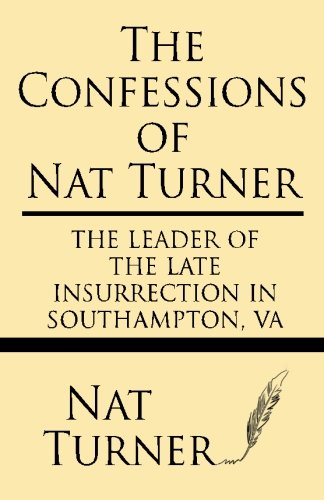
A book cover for The Confessions of Nat Turner: The leader of the late insurrection in Southampton, VA; Nat Turner; Law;